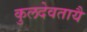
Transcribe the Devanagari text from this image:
कुलदेवतायै